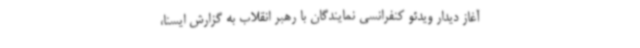
آغاز دیدار ویدئو کنفرانسی نمایندگان با رهبر انقلاب به گزارش ایسنا،